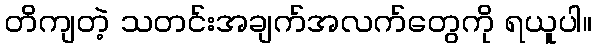
တိကျတဲ့ သတင်းအချက်အလက်တွေကို ရယူပါ။